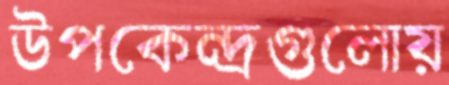
উপকেন্দ্রগুলোয়